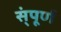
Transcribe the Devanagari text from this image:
स्ंपूर्ण